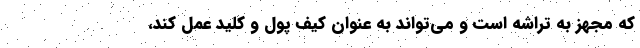
که مجهز به تراشه است و می‌تواند به عنوان کیف پول و کلید عمل کند،